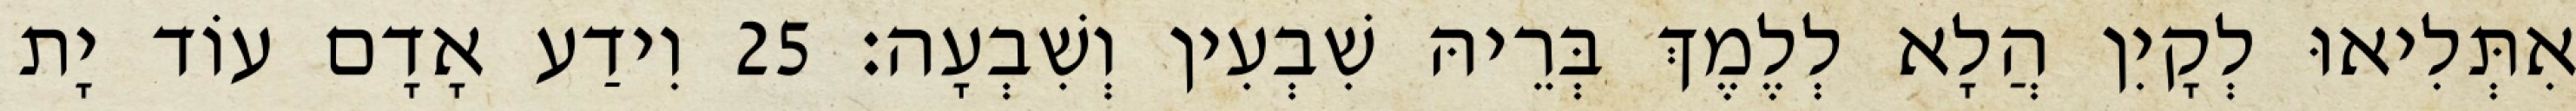
אִתְּלִיאוּ לְקָיִן הֲלָא לְלֶמֶךְ בְּרֵיהּ שִׁבְעִין וְשִׁבְעָה׃ 25 וִידַע אָדָם עוֹד יָת